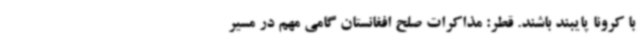
با کرونا پایبند باشند. قطر: مذاکرات صلح افغانستان گامی مهم در مسیر